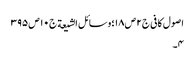
اصول کافی ج٢ ص ١٨؛ وسائل الشیعة ج١٠ ص ٣٩٥
٤۔